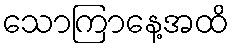
သောကြာနေ့အထိ